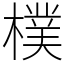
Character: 樸